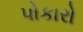
પોકારો